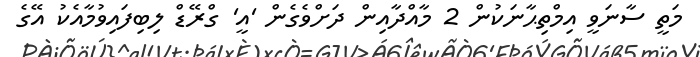
މަތީ ސާނަވީ އިމްތިޙާނަކުން 2 މާއްދާއިން ދަށްވެގެން 'އީ' ގްރޭޑް ލިބިފައިވުމާއެކު އޭގެ